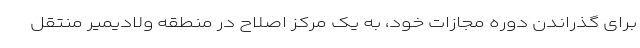
برای گذراندن دوره مجازات خود، به یک مرکز اصلاح در منطقه ولادیمیر منتقل